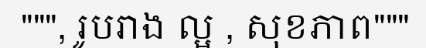
""", រូបរាង ល្អ , សុខភាព"""